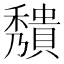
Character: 𥣧